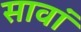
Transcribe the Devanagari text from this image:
सावां